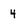
Character: 4